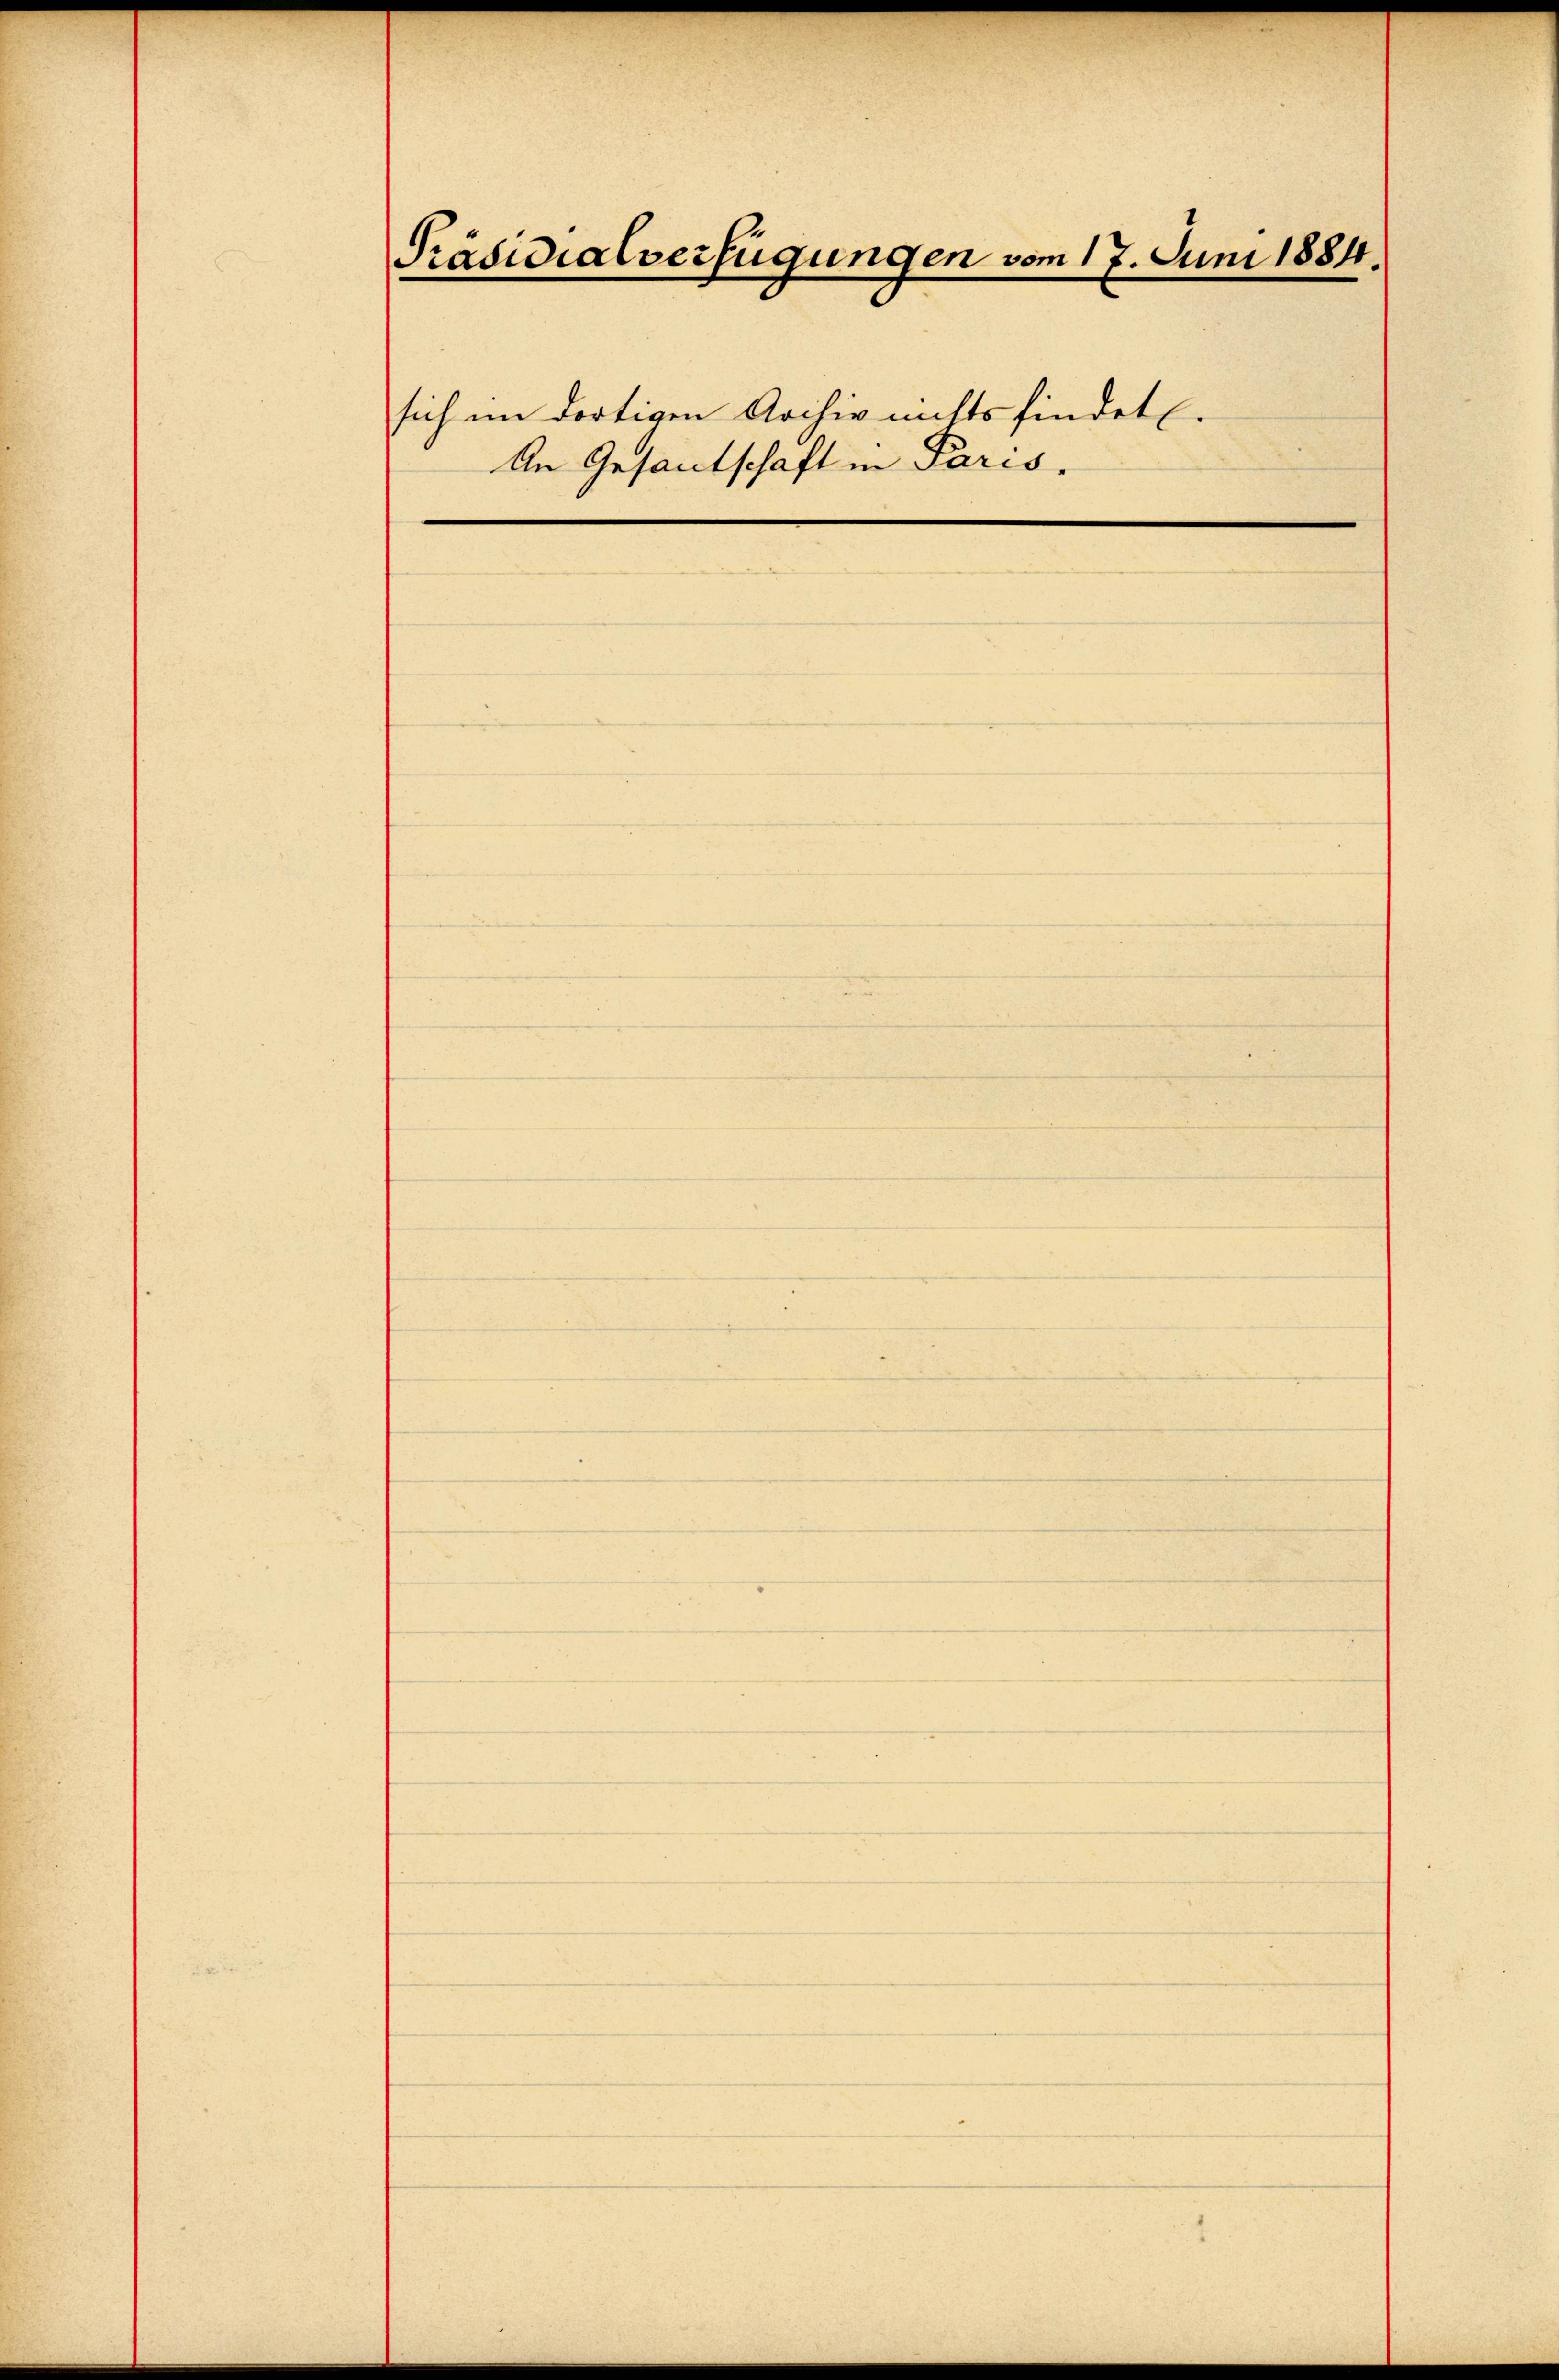
Präsidialverfügungen vom 17. Juni 1884.
sich im dortigen Archiv nichtsfindet.
An Gesantschaft in Paris.